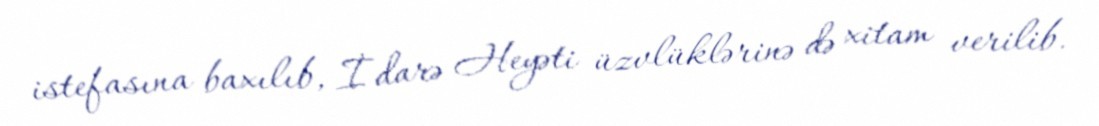
istefasına baxılıb, İdarə Heyəti üzvlüklərinə də xitam verilib.